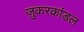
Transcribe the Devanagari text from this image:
ज़ुकरकांडल